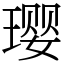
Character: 璎